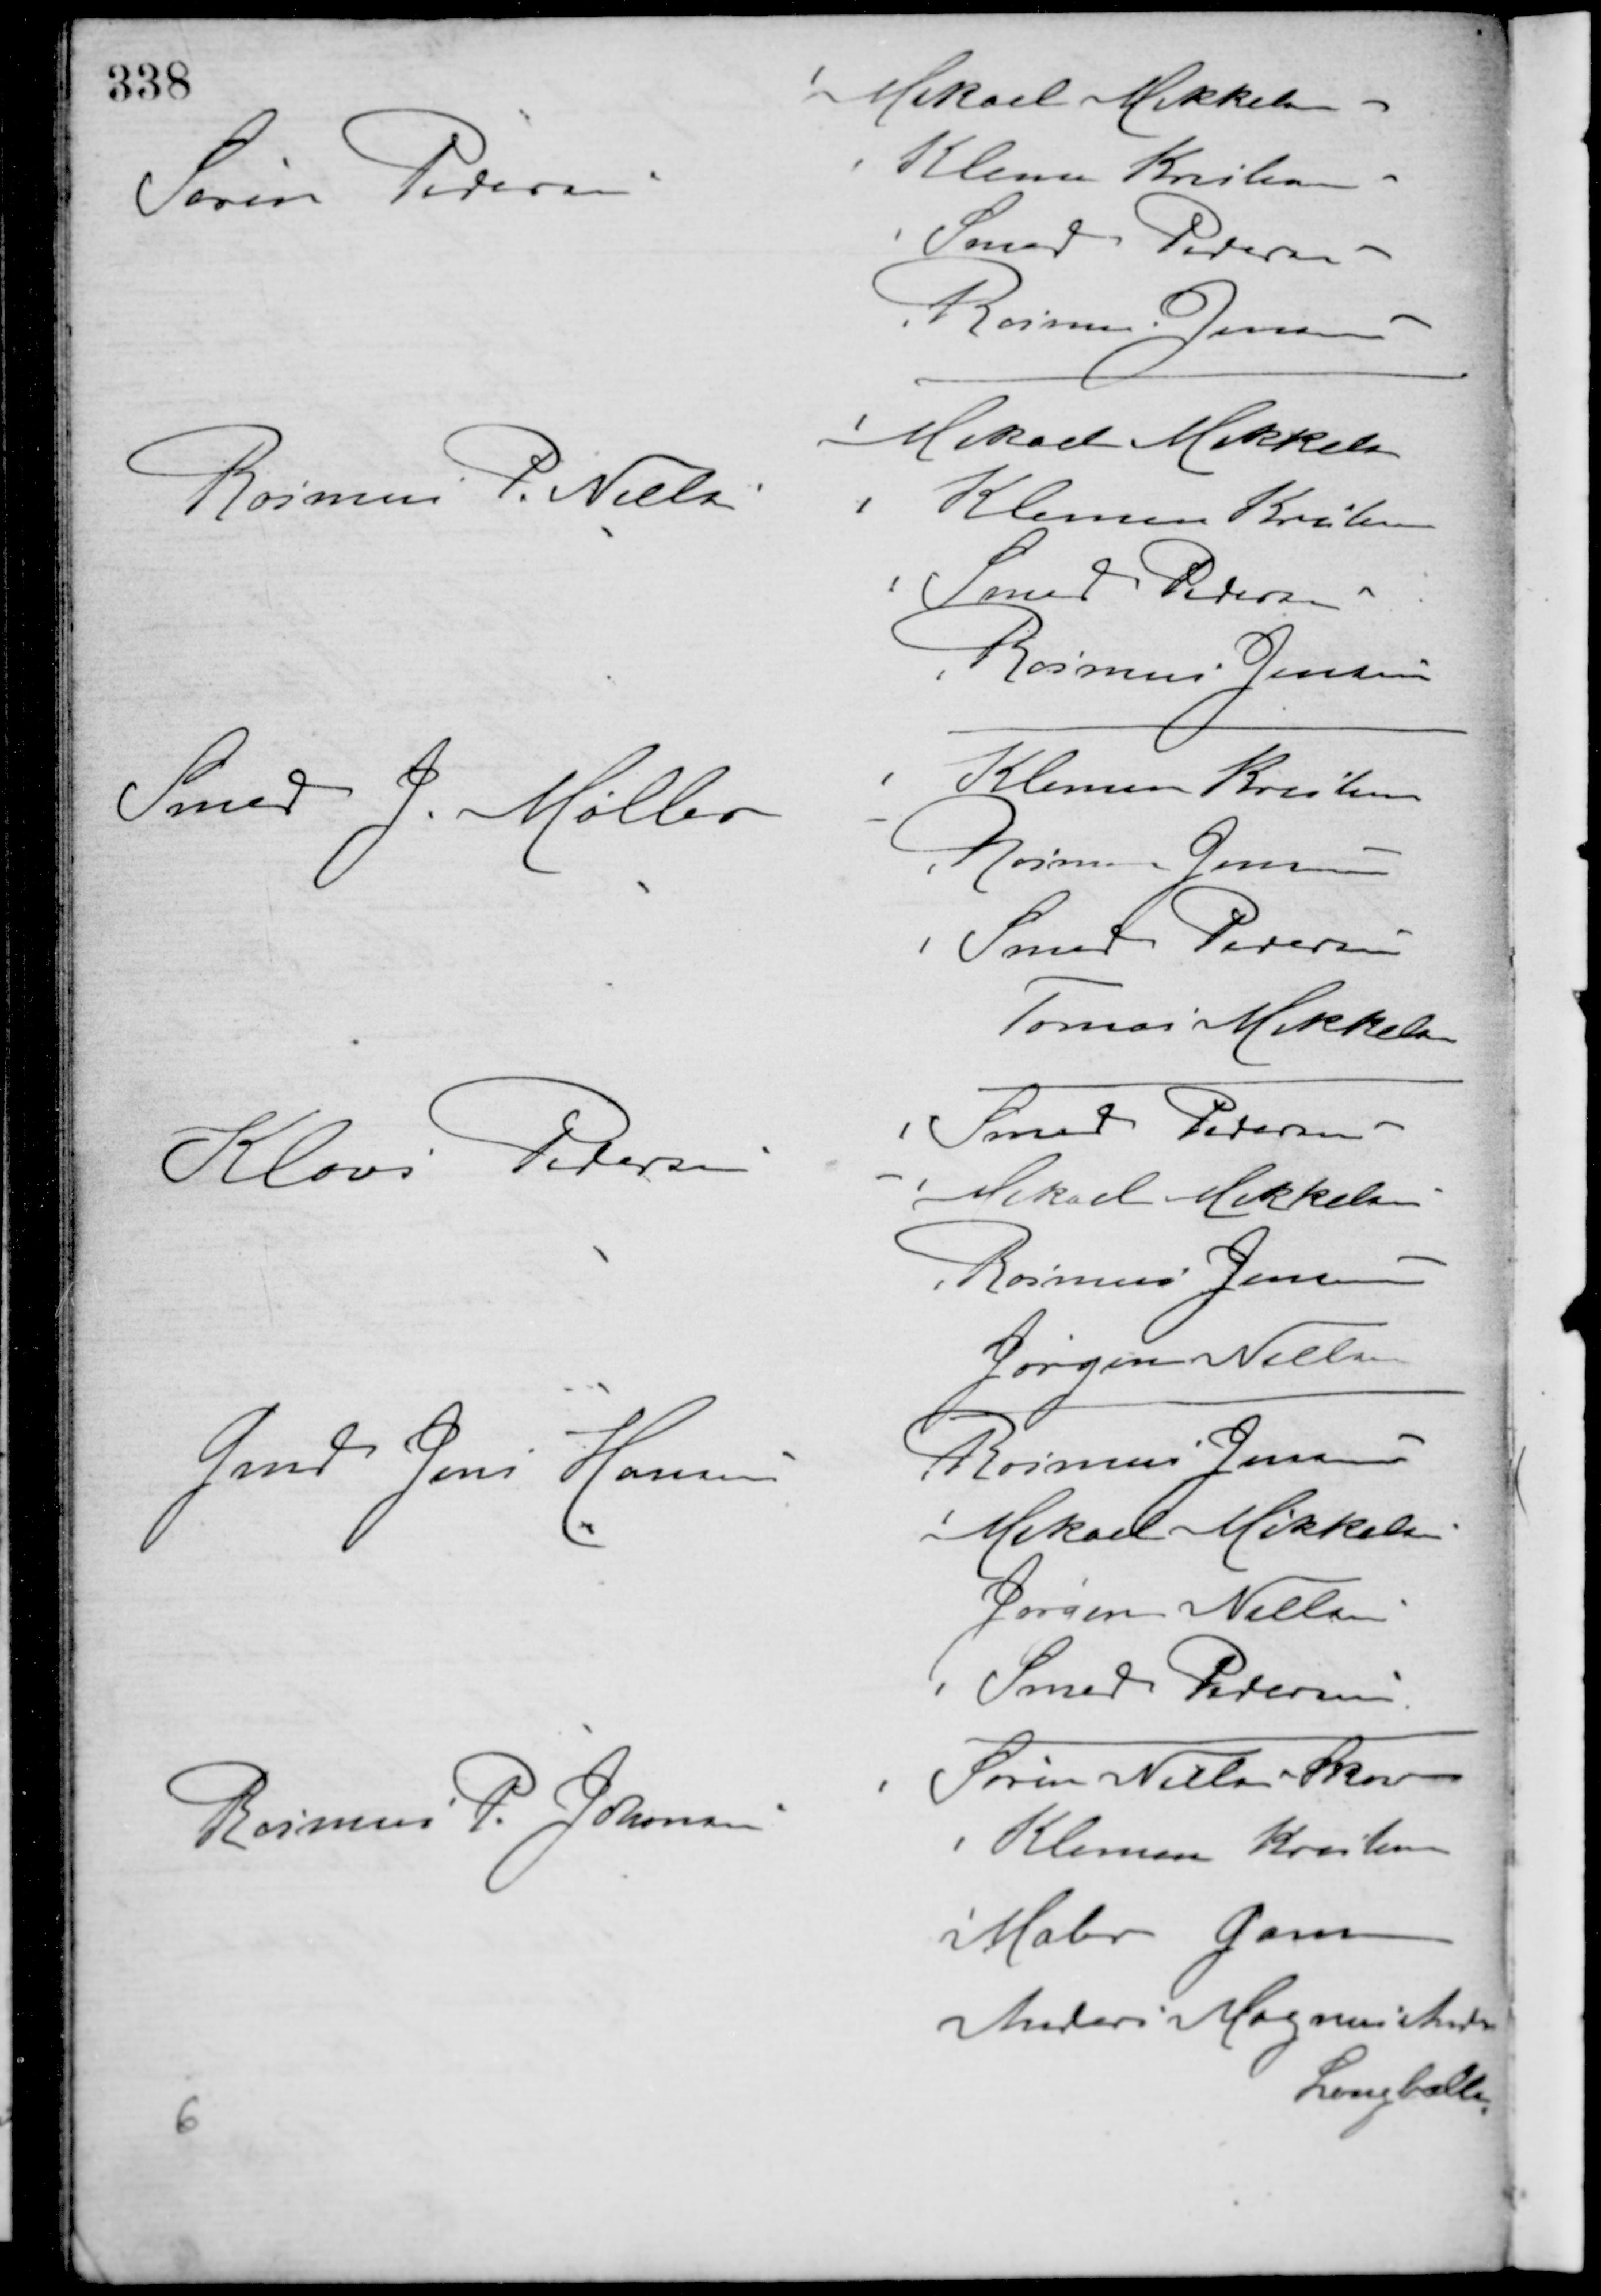
Transskription:
Søren Pedersen
Mikael Mikkelsen
Klemen Kristensen
Smed Pedersen
Rasmus Jensen
Rasmus P. Nielsen
Mikael Mikkelsen
Klemen Kristensen
Smed Pedersen
Rasmus Jensen
Smed J. Møller -
Klemen Kristensen
Rasmus Jensen
Smed Pedersen
Tomas Mikkelsen
Klavs Pedersen -
Smed Pedersen
Mikael Mikkelsen
Rasmus Jensen
Jørgen Nielsen
Gmd Jens Hansen
Rasmus Jensen
Mikael Mikkelsen
Jørgen Nielsen
Smed Pedersen
Rasmus P. Johnsen
Søren Nielsen Skov
Klemen Kristensen
Maler Gam
Anders Magnus Madsen
Langballe
6